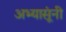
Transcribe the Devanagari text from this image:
अभ्यासूंनी